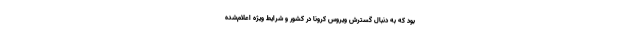
بود که به‌ دنبال گسترش ویروس کرونا در کشور و شرایط ویژه اعلام‌شده